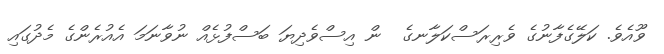
ވޫއެވެ. ކަލޭގެފާނުގެ ވެރިރަސްކަލާނގެ  ން އިސްވެދިޔަ ބަސްފުޅެއް ނުވާނަމަ އެއުރެންގެ މެދުގައި